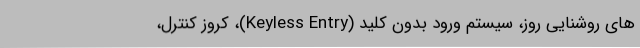
های روشنایی روز، سیستم ورود بدون کلید (Keyless Entry)، کروز کنترل،